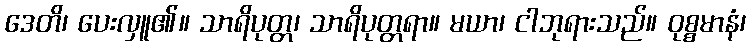
ဒေတိ၊ ပေးလှူ၏။ သာရိပုတ္တ၊ သာရိပုတ္တရာ။ မယာ၊ ငါဘုရားသည်။ ဝုစ္စမာနံ၊